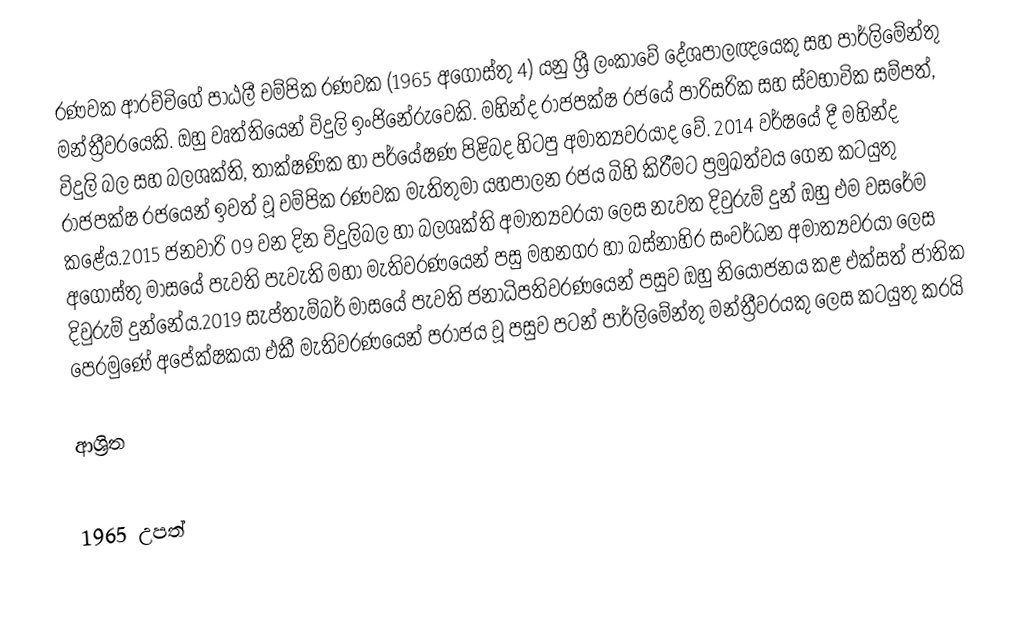
රණවක ආරච්චිගේ පාඨලී චම්පික රණවක (1965 අගෝස්තු 4) යනු ශ්‍රී ලංකාවේ දේශපාලඥයෙකු සහ පාර්ලිමේන්තු මන්ත්‍රීවරයෙකි. ඔහු වෘත්තියෙන් විදුලි ඉංජිනේරුවෙකි. මහින්ද රාජපක්ෂ රජයේ පාරිසරික සහ ස්වභාවික සම්පත්, විදුලි බල සහ බලශක්ති, තාක්ෂණික හා පර්යේෂණ  පිළිබද හිටපු අමාත්‍යවරයාද වේ. 2014 වර්ෂයේ දී මහින්ද රාජපක්ෂ රජයෙන් ඉවත් වූ චම්පික රණවක මැතිතුමා යහපාලන රජය බිහි කිරීමට ප්‍රමුඛත්වය ගෙන කටයුතු කළේය.2015 ජනවාරි 09 වන දින විදුලිබල හා බලශක්ති අමාත්‍යවරයා ලෙස නැවත දිවුරුම් දුන් ඔහු එම වසරේම අගෝස්තු මාසයේ පැවති පැවැති මහා මැතිවරණයෙන් පසු මහනගර හා බස්නාහිර සංවර්ධන අමාත්‍යවරයා ලෙස දිවුරුම් දුන්නේය.2019 සැප්තැම්බර් මාසයේ පැවති ජනාධිපතිවරණයෙන් පසුව ඔහු නියෝජනය කළ එක්සත් ජාතික පෙරමුණේ අපේක්ෂකයා එකී මැතිවරණයෙන් පරාජය වූ පසුව පටන් පාර්ලිමේන්තු මන්ත්‍රීවරයකු ලෙස කටයුතු කරයි

ආශ්‍රිත

1965 උපත්